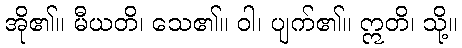
အို၏။ မီယတိ၊ သေ၏။ ဝါ၊ ပျက်၏။ ဣတိ၊ သို့။